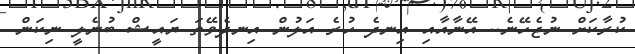
ކުރާކަށް ނުޖެހޭނެ.. އޭނާއާއި އިނދެ ހުރެ އަލުން އިނދެވޭތަ ޔައީޝް ބުނެލީ ނިކަން